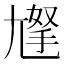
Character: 𡰀